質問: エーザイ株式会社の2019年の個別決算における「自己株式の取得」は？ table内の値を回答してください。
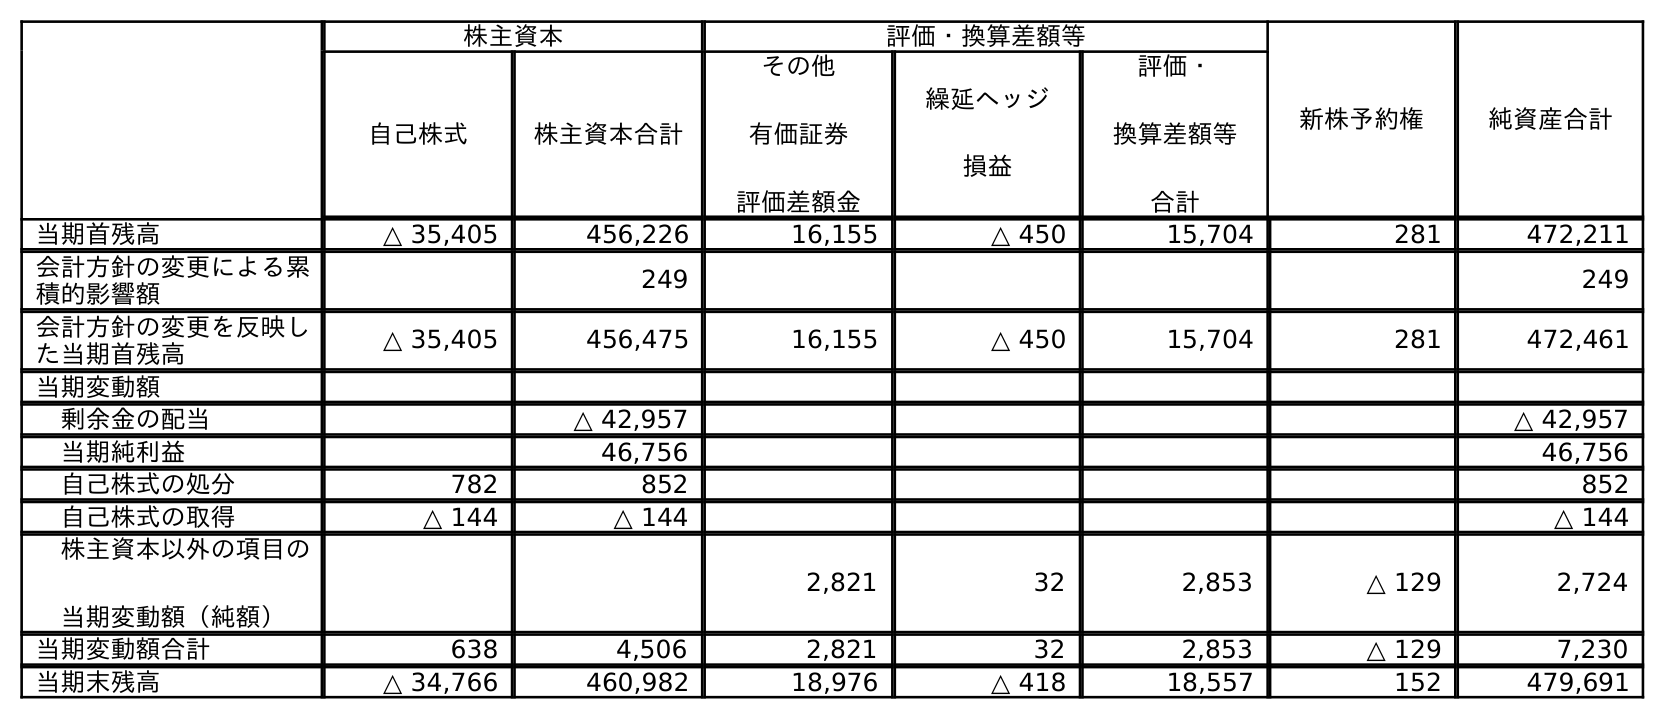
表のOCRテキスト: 株主資本 評価・換算差額等 新株予約権 純資産合計 自己株式 株主資本合計 その他 有価証券 評価差額金 繰延ヘッジ 損益 評価・ 換算差額等 合計 当期首残高 △ 35,405 456,226 16,155 △ 450 15,704 281 472,211 会計方針の変更による累 積的影響額 249 249 会計方針の変更を反映し た当期首残高 △ 35,405 456,475 16,155 △ 450 15,704 281 472,461 当期変動額 剰余金の配当 △ 42,957 △ 42,957 当期純利益 46,756 46,756 自己株式の処分 782 852 852 自己株式の取得 △ 144 △ 144 △ 144 株主資本以外の項目の 当期変動額（純額） 2,821 32 2,853 △ 129 2,724 当期変動額合計 638 4,506 2,821 32 2,853 △ 129 7,230 当期末残高 △ 34,766 460,982 18,976 △ 418 18,557 152 479,691
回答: △144